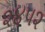
૨૪૫૨